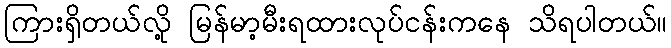
ကြားရှိတယ်လို့ မြန်မာ့မီးရထားလုပ်ငန်းကနေ သိရပါတယ်။